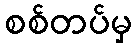
စစ်တပ်မှ